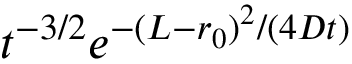
t ^ { - 3 / 2 } e ^ { - ( L - r _ { 0 } ) ^ { 2 } / ( 4 D t ) }